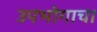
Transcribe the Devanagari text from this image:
उपभोगाचा